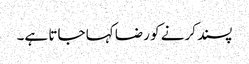
پسند کرنے کو رضا کہا جاتا ہے۔